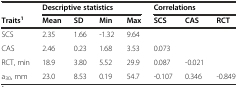
|  | <COLSPAN=4> Descriptive statistics | <COLSPAN=3> Correlations |
 | Traits1 | Mean | SD | Min | Max | SCS | CAS | RCT |
 | --- | --- | --- | --- | --- | --- | --- | --- |
 | SCS | 2.35 | 1.66 | -1.32 | 9.64 |  |  |  |
 | CAS | 2.46 | 0.23 | 1.68 | 3.53 | 0.073 |  |  |
 | RCT, min | 18.9 | 3.80 | 5.52 | 29.9 | 0.087 | -0.021 |  |
 | a30, mm | 23.0 | 8.53 | 0.19 | 54.7 | -0.107 | 0.346 | -0.849 |